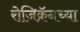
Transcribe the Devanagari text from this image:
रोजिक्रॅनच्या